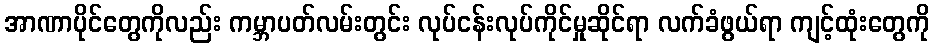
အာဏာပိုင်တွေကိုလည်း ကမ္ဘာပတ်လမ်းတွင်း လုပ်ငန်းလုပ်ကိုင်မှုဆိုင်ရာ လက်ခံဖွယ်ရာ ကျင့်ထုံးတွေကို